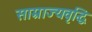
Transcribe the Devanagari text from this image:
साम्राज्यवृद्धि